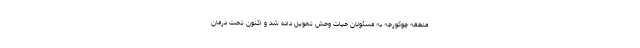
منطقه چوکورجه به مسئولان حیات وحش تحویل داده شد و اکنون تحت درمان